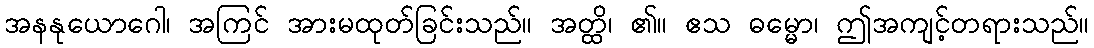
အနနုယောဂေါ၊ အကြင် အားမထုတ်ခြင်းသည်။ အတ္ထိ၊ ၏။ ဧသ ဓမ္မော၊ ဤအကျင့်တရားသည်။